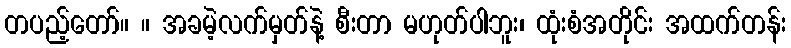
တပည့်တော်။ ။ အခမဲ့လက်မှတ်နဲ့ စီးတာ မဟုတ်ပါဘူး၊ ထုံးစံအတိုင်း အထက်တန်း